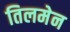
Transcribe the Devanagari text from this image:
तिलमेन